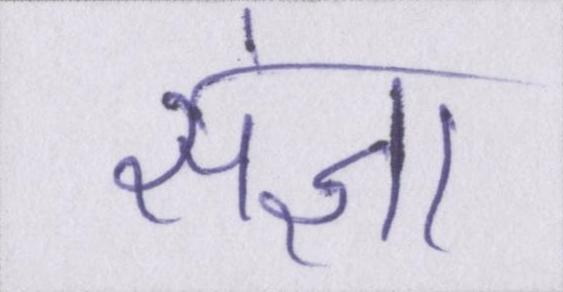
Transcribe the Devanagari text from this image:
संज्ञा